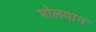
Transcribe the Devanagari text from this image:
मोलवान